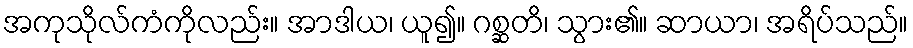
အကုသိုလ်ကံကိုလည်း။ အာဒါယ၊ ယူ၍။ ဂစ္ဆတိ၊ သွား၏။ ဆာယာ၊ အရိပ်သည်။